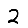
Digit: 2